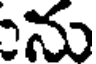
న